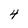
Character: 4